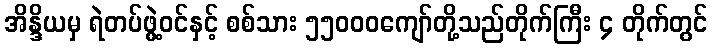
အိန္ဒိယမှ ရဲတပ်ဖွဲ့ဝင်နှင့် စစ်သား ၅၅၀၀၀ကျော်တို့သည်တိုက်ကြီး ၄ တိုက်တွင်